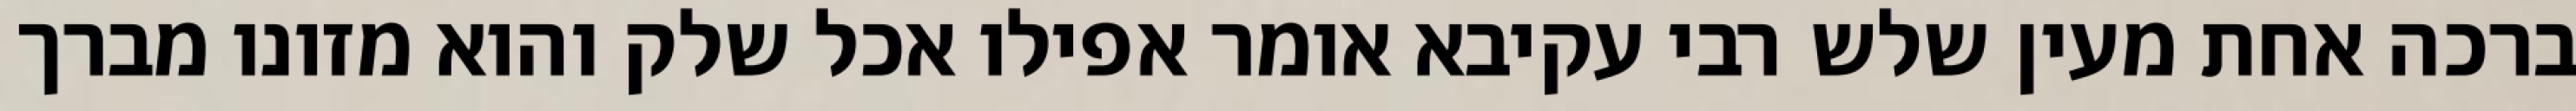
ברכה אחת מעין שלש רבי עקיבא אומר אפילו אכל שלק והוא מזונו מברך